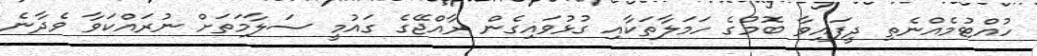
ހުއްޓުމެއްނެތި ދީފައިވާ ބޮމުގެ ހަމަލާތަކާއި ގުޅުވައިގެން ރާއްޖޭގެ ގައުމީ ސަލާމަތަށް ނުރައްކަވާ ވެދާނެ